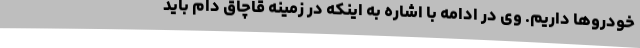
خودروها داریم. وی در ادامه با اشاره به اینکه در زمینه قاچاق دام باید